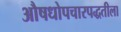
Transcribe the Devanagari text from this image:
औषधोपचारपद्धतीला